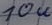
Text: 10u